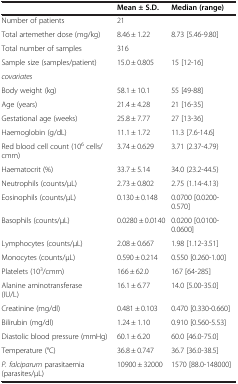
|  | Mean ± S.D. | Median (range) |
 | --- | --- | --- |
 | Number of patients | 21 |  |
 | Total artemether dose (mg/kg) | 8.46 ± 1.22 | 8.73 [5.46-9.80] |
 | Total number of samples | 316 |  |
 | Sample size (samples/patient) | 15.0 ± 0.805 | 15 [12-16] |
 | covariates |  |  |
 | Body weight (kg) | 58.1 ± 10.1 | 55 [49-88] |
 | Age (years) | 21.4 ± 4.28 | 21 [16-35] |
 | Gestational age (weeks) | 25.8 ± 7.77 | 27 [13-36] |
 | Haemoglobin (g/dL) | 11.1 ± 1.72 | 11.3 [7.6-14.6] |
 | Red blood cell count (106 cells/cmm) | 3.74 ± 0.629 | 3.71 (2.37-4.79) |
 | Haematocrit (%) | 33.7 ± 5.14 | 34.0 (23.2-44.5) |
 | Neutrophils (counts/μL) | 2.73 ± 0.802 | 2.75 (1.14-4.13) |
 | Eosinophils (counts/μL) | 0.130 ± 0.148 | 0.0700 [0.0200-0.570] |
 | Basophils (counts/μL) | 0.0280 ± 0.0140 | 0.0200 [0.0100-0.0600] |
 | Lymphocytes (counts/μL) | 2.08 ± 0.667 | 1.98 [1.12-3.51] |
 | Monocytes (counts/μL) | 0.590 ± 0.214 | 0.550 [0.260-1.00] |
 | Platelets (103/cmm) | 166 ± 62.0 | 167 [64-285] |
 | Alanine aminotransferase (IU/L) | 16.1 ± 6.77 | 14.0 [5.00-35.0] |
 | Creatinine (mg/dl) | 0.481 ± 0.103 | 0.470 [0.330-0.660] |
 | Bilirubin (mg/dl) | 1.24 ± 1.10 | 0.910 [0.560-5.53] |
 | Diastolic blood pressure (mmHg) | 60.1 ± 6.20 | 60.0 [46.0-75.0] |
 | Temperature (°C) | 36.8 ± 0.747 | 36.7 [36.0-38.5] |
 | P. falciparum parasitaemia (parasites/μL) | 10900 ± 32000 | 1570 [88.0-148000] |